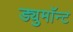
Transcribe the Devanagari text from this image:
ड्युमाॅन्ट